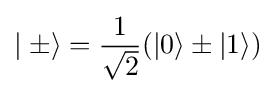
\mid \pm \rangle ={\frac {1}{\sqrt {2}}}(\vert 0\rangle \pm \vert 1\rangle )